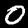
Label: 0